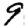
Digit: 9